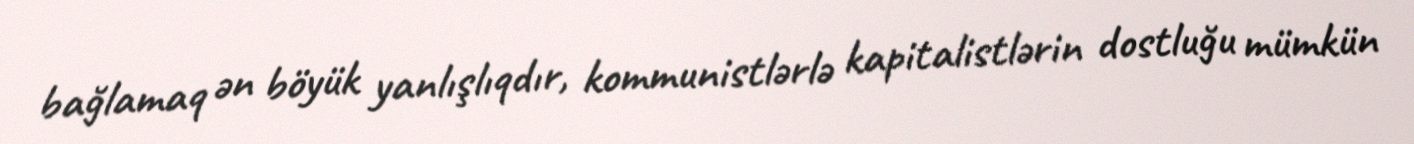
bağlamaq ən böyük yanlışlıqdır, kommunistlərlə kapitalistlərin dostluğu mümkün